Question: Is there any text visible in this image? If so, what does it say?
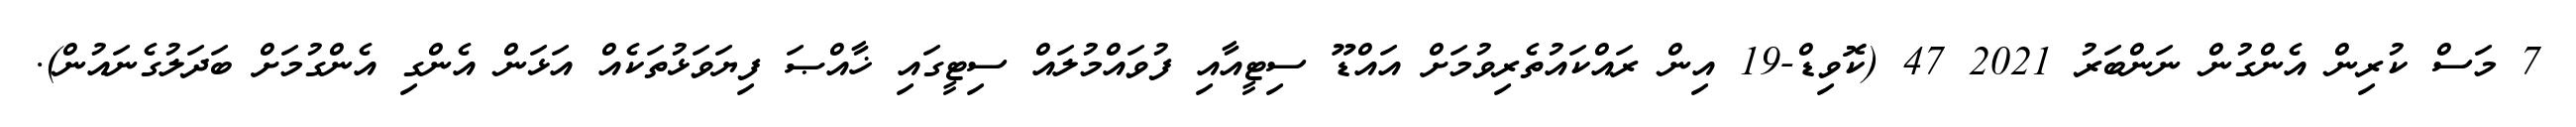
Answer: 7 މަސް ކުރިން އެންގުން ނަންބަރު 2021 47 (ކޮވިޑް-19 އިން ރައްކައުތެރިވުމަށް އައްޑޫ ސިޓީއާއި ފުވައްމުލައް ސިޓީގައި ޚާއްޞަ ފިޔަވަޅުތަކެއް އަޅަން އެންގި އެންގުމަށް ބަދަލުގެނައުން).